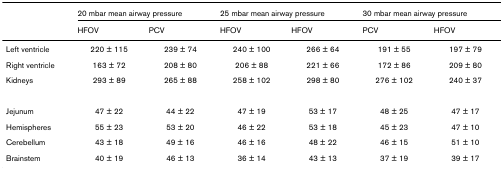
<table><thead><tr><td></td><td colspan="2"><b>20 mbar mean airway pressure</b></td><td colspan="2"><b>25 mbar mean airway pressure</b></td><td colspan="2"><b>30 mbar mean airway pressure</b></td></tr><tr><td></td><td><b>HFOV</b></td><td><b>PCV</b></td><td><b>HFOV</b></td><td><b>HFOV</b></td><td><b>PCV</b></td><td><b>HFOV</b></td></tr></thead><tbody><tr><td>Left ventricle</td><td>220 ± 115</td><td>239 ± 74</td><td>240 ± 100</td><td>266 ± 64</td><td>191 ± 55</td><td>197 ± 79</td></tr><tr><td>Right ventricle</td><td>163 ± 72</td><td>208 ± 80</td><td>206 ± 88</td><td>221 ± 66</td><td>172 ± 86</td><td>209 ± 80</td></tr><tr><td>Kidneys</td><td>293 ± 89</td><td>265 ± 88</td><td>258 ± 102</td><td>298 ± 80</td><td>276 ± 102</td><td>240 ± 37</td></tr><tr><td>Jejunum</td><td>47 ± 22</td><td>44 ± 22</td><td>47 ± 19</td><td>53 ± 17</td><td>48 ± 25</td><td>47 ± 17</td></tr><tr><td>Hemispheres</td><td>55 ± 23</td><td>53 ± 20</td><td>46 ± 22</td><td>53 ± 18</td><td>45 ± 23</td><td>47 ± 10</td></tr><tr><td>Cerebellum</td><td>43 ± 18</td><td>49 ± 16</td><td>46 ± 16</td><td>48 ± 22</td><td>46 ± 15</td><td>51 ± 10</td></tr><tr><td>Brainstem</td><td>40 ± 19</td><td>46 ± 13</td><td>36 ± 14</td><td>43 ± 13</td><td>37 ± 19</td><td>39 ± 17</td></tr></tbody></table>